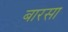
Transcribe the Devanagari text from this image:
बारसा